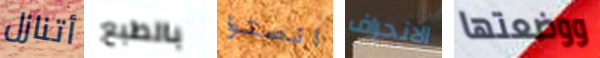
أتنازل بالطبع انصتوا الانحراف ووضعتها